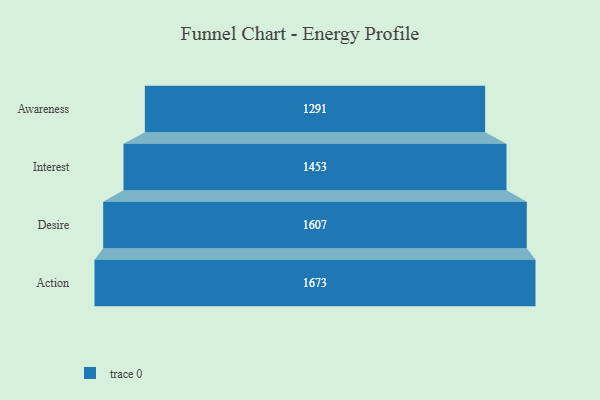
{"axis": {"x": "Stage", "y": "Value"}, "legend": [""], "data": [{"x": "Awareness", "y": 1291.0, "type": ""}, {"x": "Interest", "y": 1453.0, "type": ""}, {"x": "Desire", "y": 1607.0, "type": ""}, {"x": "Action", "y": 1673.0, "type": ""}]}